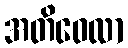
အတိဝေလာ